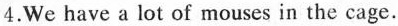
4.We have a lot of mouses in the cage.